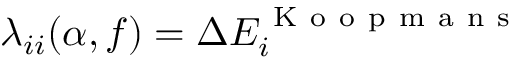
\lambda _ { i i } ( \alpha , f ) = \Delta E _ { i } ^ { \mathrm { ~ K ~ o ~ o ~ p ~ m ~ a ~ n ~ s ~ } }